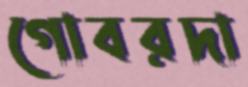
গোবরদা